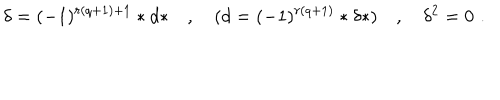
\delta = ( - 1 ) ^ { r ( q + 1 ) + 1 } * d * \quad , \quad ( d = ( - 1 ) ^ { r ( q + 1 ) } * \delta * ) \quad , \quad \delta ^ { 2 } = 0 \, \, .